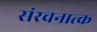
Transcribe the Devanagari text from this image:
संरचनात्क